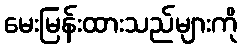
မေးမြန်းထားသည်များကို